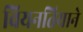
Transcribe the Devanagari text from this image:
वियनतियाने